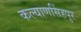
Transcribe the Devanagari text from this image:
कल्याणसिंहपुर